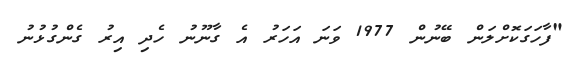
"ފާހަގަކޮށްލަން ބޭނުން 1977 ވަނަ އަހަރު އެ ގާނޫނު ހެދި އިރު ގެންގުޅުނު